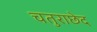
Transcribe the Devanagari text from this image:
चतुराछेद